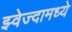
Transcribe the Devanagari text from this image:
झ्वेज्दामध्ये